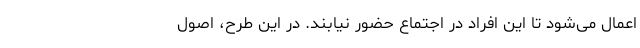
اعمال می‌شود تا این افراد در اجتماع حضور نیابند. در این طرح، اصول